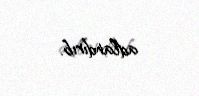
adlandırıb.